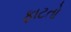
ફાટતો